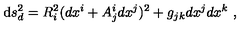
\mathrm { d } s _ { d } ^ { 2 } = R _ { i } ^ { 2 } ( d x ^ { i } + A _ { j } ^ { i } d x ^ { j } ) ^ { 2 } + g _ { j k } d x ^ { j } d x ^ { k } \ ,